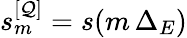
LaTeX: s_{m}^{[\mathcal{Q}]}=s(m\, \Delta_{E})